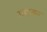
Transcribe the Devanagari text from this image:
गाङकर